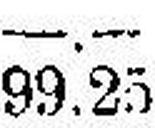
99.25